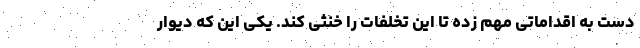
دست به اقداماتی مهم زده تا این تخلفات را خنثی کند. یکی این که دیوار